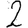
Digit: 2